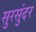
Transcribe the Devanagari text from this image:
सुरसुंदर